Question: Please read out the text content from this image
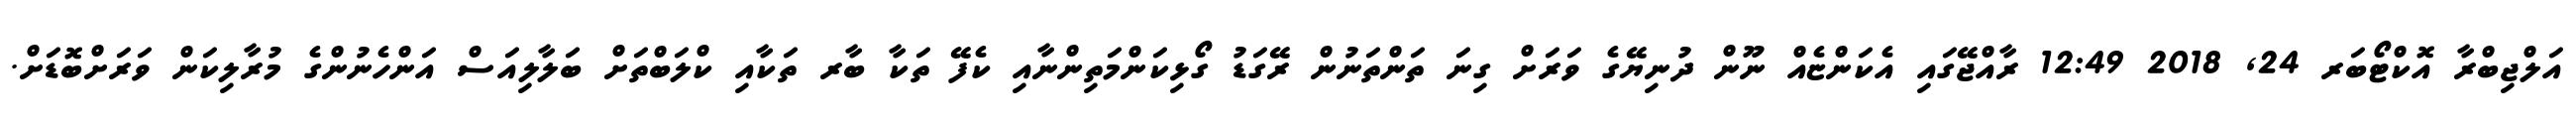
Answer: އަލްޖިބްރާ އޮކްޓޯބަރ 24, 2018 12:49 ރާއްޖޭގައި އެކަންޏެއް ނޫން ދުނިޔޭގެ ވަރަށް ގިނަ ތަންތަނުން ރޭގަޑު ގޯޅިކަންމަތިންނާއި ކެފޭ ތަކާ ބާރ ތަކާއި ކްލަބްތަށް ބަލާލިއަސް އަންހެނުންގެ މުރާލިކަން ވަރަށްބޮޑަށް.